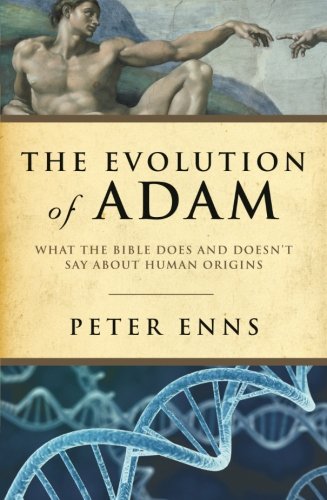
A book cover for The Evolution of Adam: What the Bible Does and Doesn't Say about Human Origins; Peter Enns; Christian Books & Bibles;